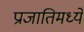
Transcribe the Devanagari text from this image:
प्राजातिमध्ये